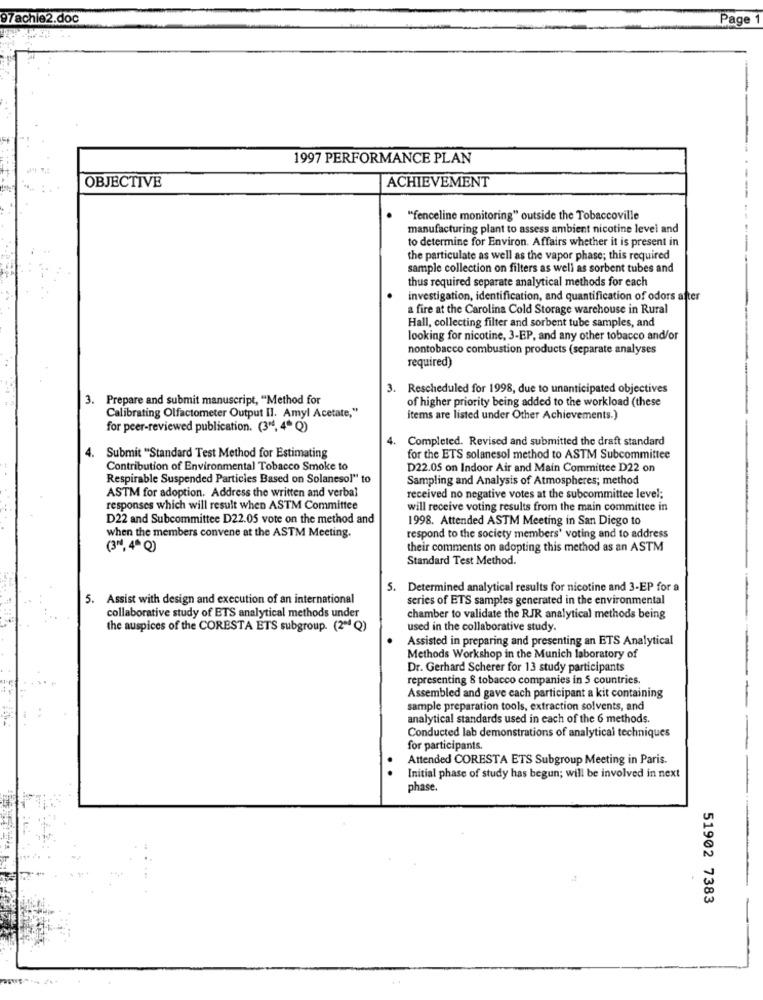
97achie2.doc
Page
1997 PERFORMANCE PLAN
OBJECTIVE
ACHIEVEMENT
"fenceline monitoring" outside the Tobaccoville
manufacturing plant to assess ambient nicotine level and
to determine for Environ. Affairs whether it is present in
the particulate as well as the vapor phase; this required
sample collection on filters as well as sorbent tubes and
thus required separate analytical methods for each
investigation, identification, and quantification of odors after
a fire at the Carolina Cold Storage warehouse in Rural
Hall, collecting filter and sorbent tube samples, and
looking for nicotine, 3-EP, and any other tobacco and/or
nontobacco combustion products (separate analyses
required)
3. Rescheduled for 1998, due to unanticipated objectives
3. Prepare and submit manuscript, "Method for
of higher priority being added to the workload (these
Calibrating Olfactometer Output II. Amyl Acetate,"
items are listed under Other Achievements.)
for peer-reviewed publication. (3"4, 4º Q)
4.
Completed. Revised and submitted the draft standard
4. Submit "Standard Test Method for Estimating
for the ETS solanesol method to ASTM Subcommittee
Contribution of Environmental Tobacco Smoke to
D22.05 on Indoor Air and Main Committee D22 on
Respirable Suspended Particles Based on Solanesol" to
Sampling and Analysis of Atmospheres; method
ASTM for adoption. Address the written and verbal
received no negative votes at the subcommittee level;
responses which will result when ASTM Committee
will receive voting results from the main committee in
D22 and Subcommittee D22.05 vote on the method and
1998. Attended ASTM Meeting in San Diego to
when the members convene at the ASTM Meeting.
respond to the society members' voting and to address
(3", 4ª Q)
their comments on adopting this method as an ASTM
Standard Test Method.
5. Determined analytical results for nicotine and 3-EP for a
5. Assist with design and execution of an international
series of ETS samples generated in the environmental
collaborative study of ETS analytical methods under
chamber to validate the RJR analytical methods being
the auspices of the CORESTA ETS subgroup. (2ªª Q)
used in the collaborative study.
Assisted in preparing and presenting an ETS Analytical
Methods Workshop in the Munich laboratory of
Dr. Gerhard Scherer for 13 study participants
representing 8 tobacco companies in 5 countries.
Assembled and gave each participant a kit containing
sample preparation tools, extraction solvents, and
analytical standards used in each of the 6 methods.
Conducted lab demonstrations of analytical techniques
for participants.
Attended CORESTA ETS Subgroup Meeting in Paris.
Initial phase of study has begun; will be involved in next
phase.
51902 7383